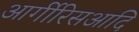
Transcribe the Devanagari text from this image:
आर्गीरिसआदि